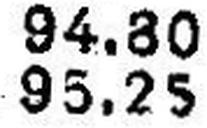
95.25